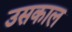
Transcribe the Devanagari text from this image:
उसकाल